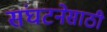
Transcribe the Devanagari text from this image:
संघटनेसाठी